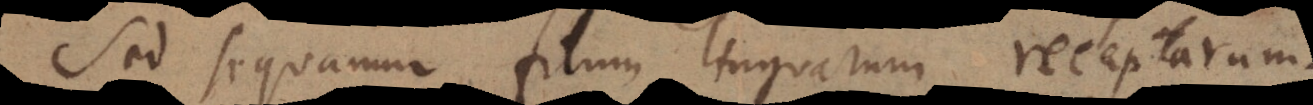
Sed sequamur filum linguarum receptarum.